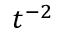
t ^ { - 2 }